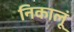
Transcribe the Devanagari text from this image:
निकालूं